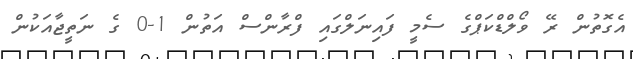
އެގޮތުން ރޭ ވޯލްޑްކަޕްގެ ސެމީ ފައިނަލްގައި ފްރާންސް އަތުން 1-0 ގެ ނަތީޖާއަކުން